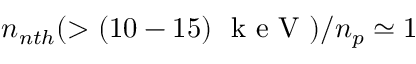
n _ { n t h } ( > ( 1 0 - 1 5 ) ~ \mathrm { ~ k ~ e ~ V ~ } ) / n _ { p } \simeq 1